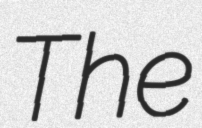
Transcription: The